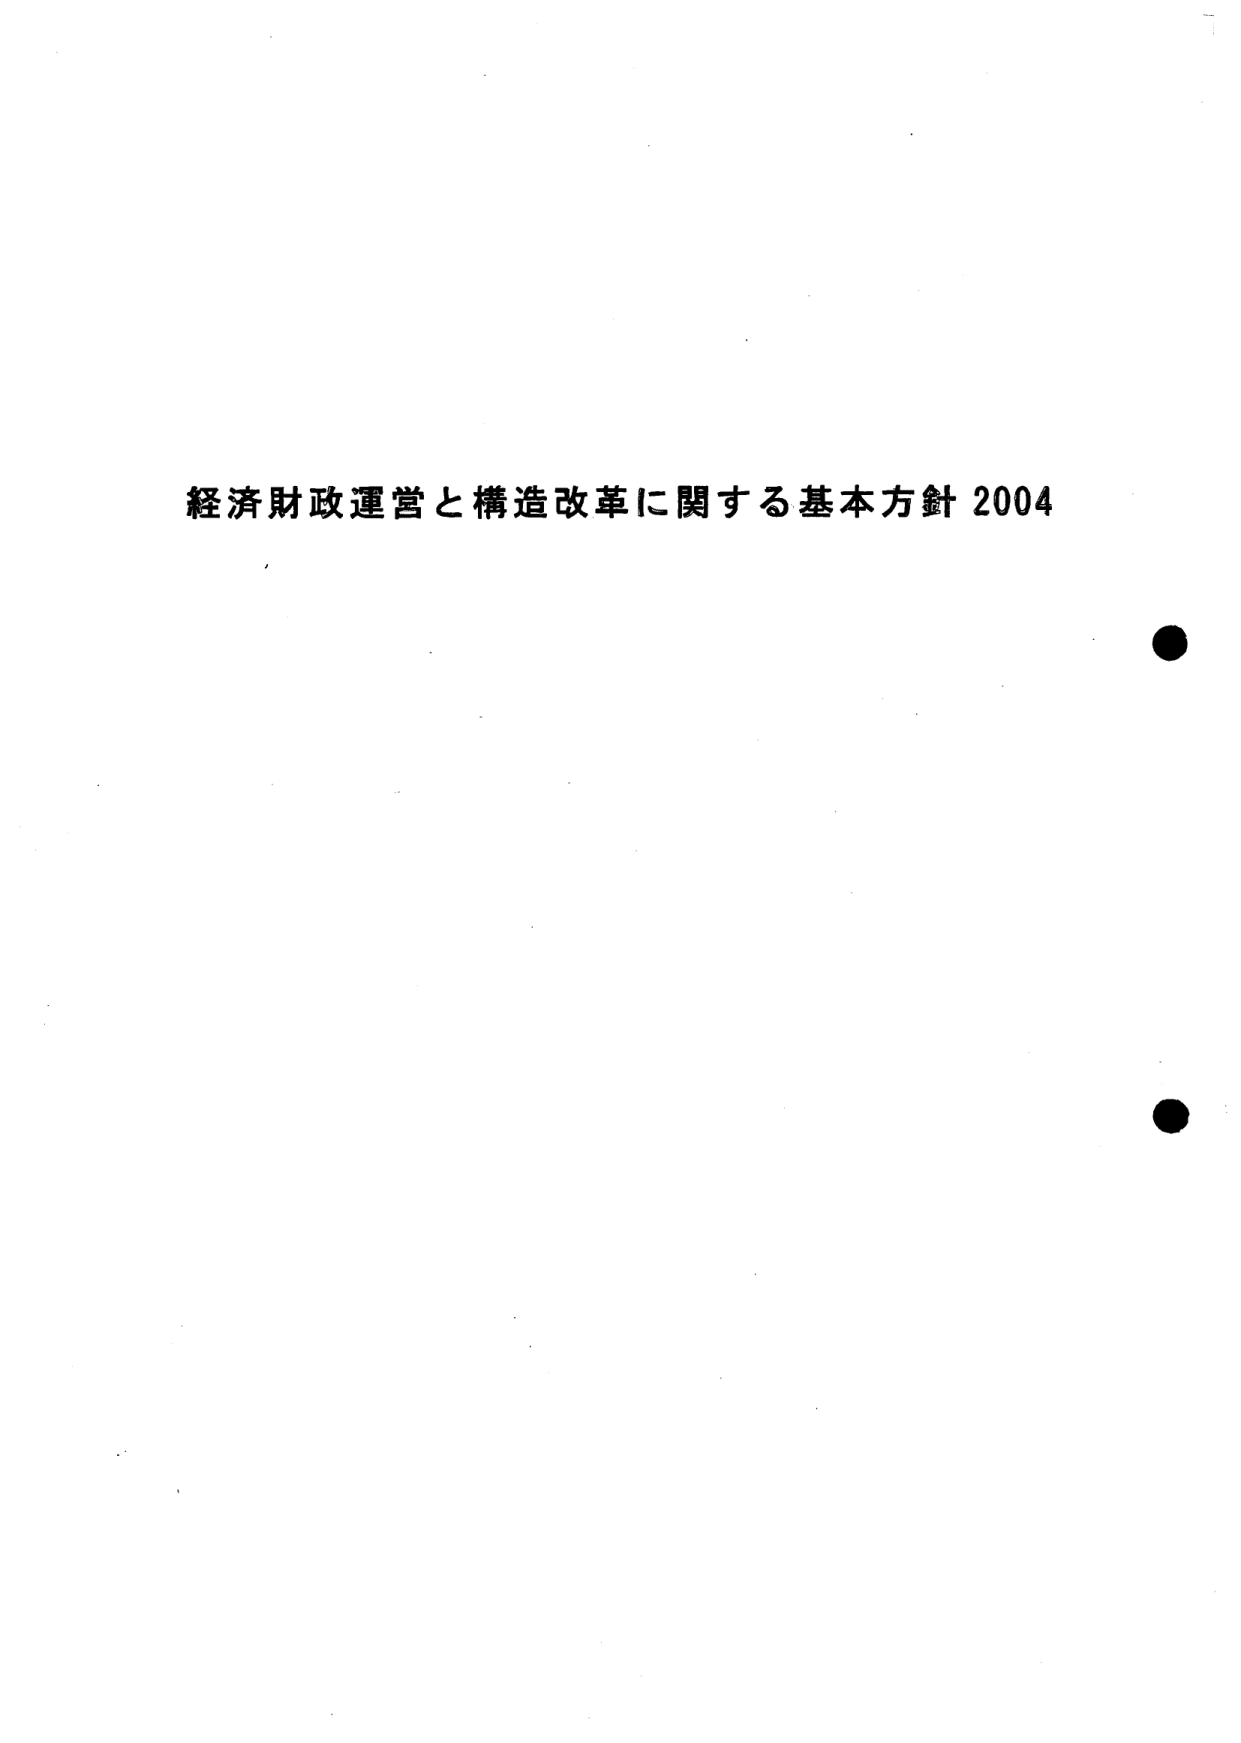
経済財政運営と構造改革に関する基本方針 2004